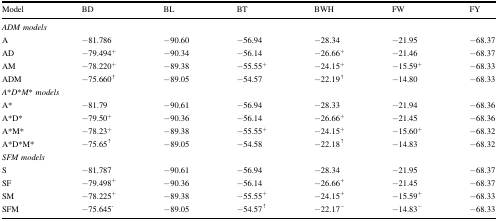
<table><thead><tr><td><b>Model</b></td><td><b>BD</b></td><td><b>BL</b></td><td><b>BT</b></td><td><b>BWH</b></td><td><b>FW</b></td><td><b>FY</b></td></tr></thead><tbody><tr><td colspan="7"><i>ADM models</i></td></tr><tr><td>A</td><td>−81.786</td><td>−90.60</td><td>−56.94</td><td>−28.34</td><td>−21.95</td><td>−68.37</td></tr><tr><td>AD</td><td>−79.494<sup>+</sup></td><td>−90.34</td><td>−56.14</td><td>−26.66<sup>+</sup></td><td>−21.46</td><td>−68.37</td></tr><tr><td>AM</td><td>−78.220<sup>+</sup></td><td>−89.38</td><td>−55.55<sup>+</sup></td><td>−24.15<sup>+</sup></td><td>−15.59<sup>+</sup></td><td>−68.33</td></tr><tr><td>ADM</td><td>−75.660<sup>↑</sup></td><td>−89.05</td><td>−54.57</td><td>−22.19<sup>↑</sup></td><td>−14.80</td><td>−68.33</td></tr><tr><td colspan="7"><i>A</i>*<i>D</i>*<i>M</i>*<i> models</i></td></tr><tr><td>A*</td><td>−81.79</td><td>−90.61</td><td>−56.94</td><td>−28.33</td><td>−21.94</td><td>−68.36</td></tr><tr><td>A*D*</td><td>−79.50<sup>+</sup></td><td>−90.36</td><td>−56.14</td><td>−26.66<sup>+</sup></td><td>−21.45</td><td>−68.36</td></tr><tr><td>A*M*</td><td>−78.23<sup>+</sup></td><td>−89.38</td><td>−55.55<sup>+</sup></td><td>−24.15<sup>+</sup></td><td>−15.60<sup>+</sup></td><td>−68.32</td></tr><tr><td>A*D*M*</td><td>−75.65<sup>↑</sup></td><td>−89.05</td><td>−54.58</td><td>−22.18<sup>↑</sup></td><td>−14.83</td><td>−68.32</td></tr><tr><td colspan="7"><i>SFM models</i></td></tr><tr><td>S</td><td>−81.787</td><td>−90.61</td><td>−56.94</td><td>−28.34</td><td>−21.95</td><td>−68.37</td></tr><tr><td>SF</td><td>−79.498<sup>+</sup></td><td>−90.36</td><td>−56.14</td><td>−26.66<sup>+</sup></td><td>−21.45</td><td>−68.37</td></tr><tr><td>SM</td><td>−78.225<sup>+</sup></td><td>−89.38</td><td>−55.55<sup>+</sup></td><td>−24.15<sup>+</sup></td><td>−15.59<sup>+</sup></td><td>−68.33</td></tr><tr><td>SFM</td><td>−75.645<sup>-</sup></td><td>−89.05</td><td>−54.57<sup>↑</sup></td><td>−22.17<sup>−</sup></td><td>−14.83<sup>−</sup></td><td>−68.33</td></tr></tbody></table>